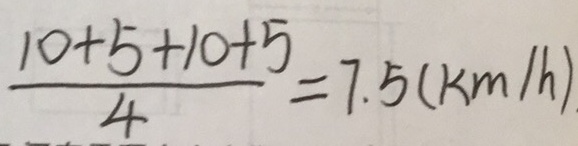
\frac { 1 0 + 5 + 1 0 + 5 } { 4 } = 7 . 5 ( k m / h )